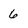
Character: 6